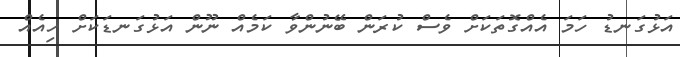
އަޅުގަނޑު ހަމަ އެއްގޮތަކަށް ވެސް ކުރަން ބޭނުންވާ ކަމެއް ނޫން އަޅުގަނޑަކަށް ހިއެއް